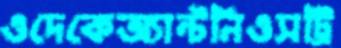
ওদেকেঅ্যান্টনিওসট্রি